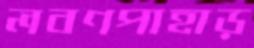
লবণপাহাড়